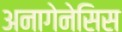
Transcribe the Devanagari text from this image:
अनागेनेसिस